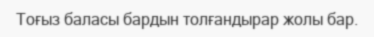
Тоғыз баласы бардын толғандырар жолы бар.